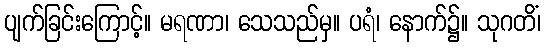
ပျက်ခြင်းကြောင့်။ မရဏာ၊ သေသည်မှ။ ပရံ၊ နောက်၌။ သုဂတိံ၊